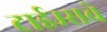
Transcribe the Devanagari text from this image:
टाईम्सचे